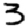
Digit: 3